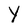
Character: Y